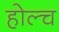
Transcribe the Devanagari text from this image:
होल्च